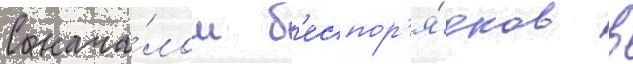
С нача́лом б'еспор'я́дков в